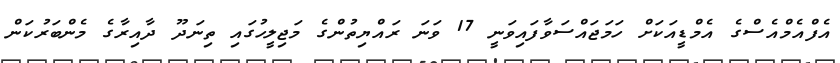
އެފްއެމްއެސްގެ އެމްޑީއަކަށް ހަމަޖައްސަވާފައިވަނީ 17 ވަނަ ރައްޔިތުންގެ މަޖިލީހުގައި ތިނަދޫ ދާއިރާގެ މެންބަރުކަން